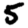
Digit: 5